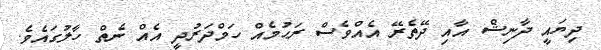
ދިޔައީ ދާނިޝް އާއި ދޭތެރޭ އެއްވެސް ރަޙުމެއް ހަމްދަރުދީ އެއް ނެތް ހާލުގައެވެ.